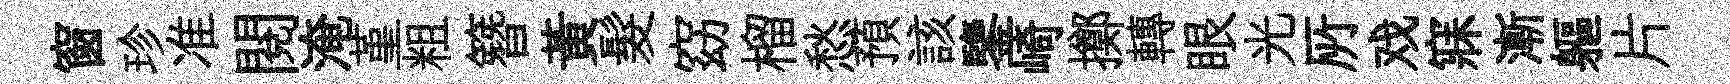
窗珍准閲淹堇粗簪黄髮窈榴愁預該鑒崎擲轉眼光𠩄戏寐漸軀片